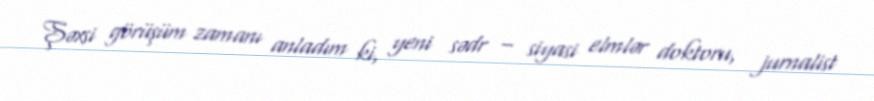
Şəxsi görüşüm zamanı anladım ki, yeni sədr – siyasi elmlər doktoru, jurnalist